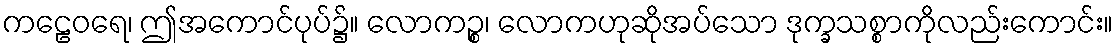
ကဠေဝရေ၊ ဤအကောင်ပုပ်၌။ လောကဉ္စ၊ လောကဟုဆိုအပ်သော ဒုက္ခသစ္စာကိုလည်းကောင်း။